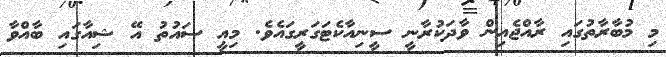
މި މުބާރާތުގައި ރާއްޖެއިން ވާދަކުރާނީ ސީނިއާކެޓަގަރީގައެވެ. މިއީ ސައުތު އޭ ޝިއާގައި ބާއްވާ